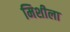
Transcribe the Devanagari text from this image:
मिशीला